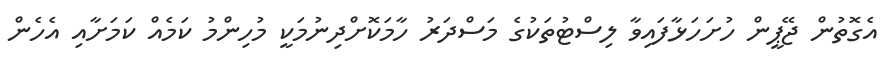
އެގޮތުން ޖޭޕީން ހުށަހަޅާފައިވާ ލިސްޓުތަކުގެ މަސްދަރު ހާމަކޮށްދިނުމަކީ މުހިންމު ކަމެއް ކަމަށާއި އެހެން